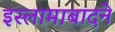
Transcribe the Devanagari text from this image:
इस्लामाबादने